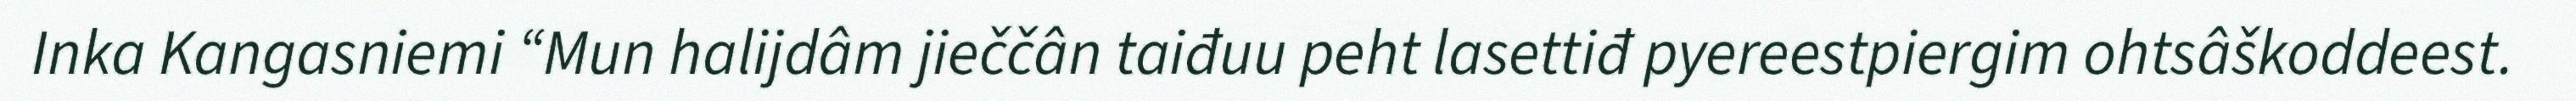
Inka Kangasniemi “Mun halijdâm jieččân taiđuu peht lasettiđ pyereestpiergim ohtsâškoddeest.